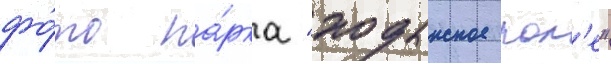
фо́то па́рка "ходынское пол'е"